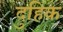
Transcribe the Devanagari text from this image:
दुहिक